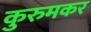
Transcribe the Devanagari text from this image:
कुरुमकर